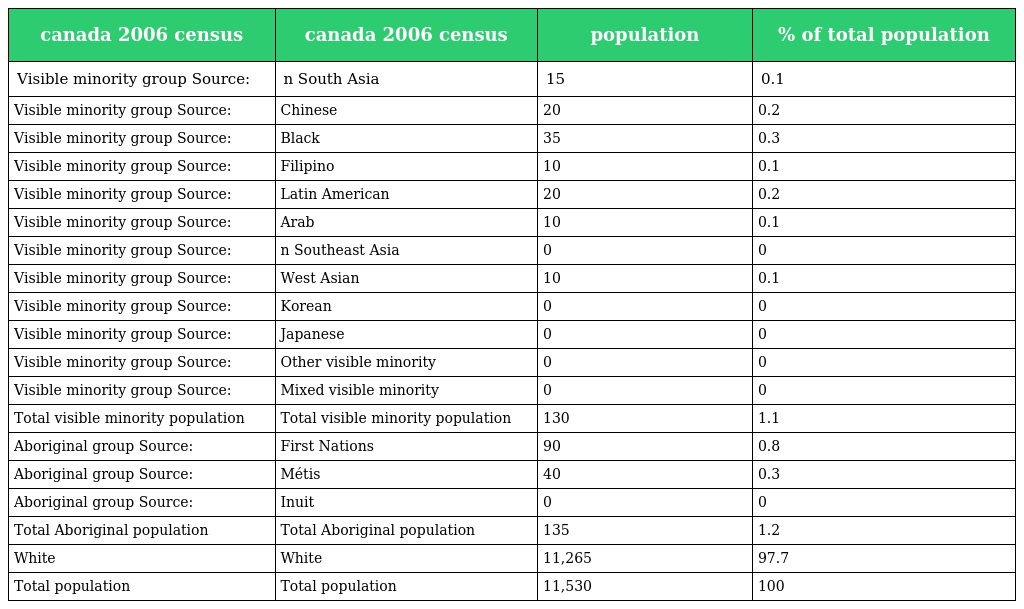
| canada 2006 census | canada 2006 census | population | % of total population |
 | --- | --- | --- | --- |
 | Visible minority group Source: | n South Asia | 15 | 0.1 |
 | Visible minority group Source: | Chinese | 20 | 0.2 |
 | Visible minority group Source: | Black | 35 | 0.3 |
 | Visible minority group Source: | Filipino | 10 | 0.1 |
 | Visible minority group Source: | Latin American | 20 | 0.2 |
 | Visible minority group Source: | Arab | 10 | 0.1 |
 | Visible minority group Source: | n Southeast Asia | 0 | 0 |
 | Visible minority group Source: | West Asian | 10 | 0.1 |
 | Visible minority group Source: | Korean | 0 | 0 |
 | Visible minority group Source: | Japanese | 0 | 0 |
 | Visible minority group Source: | Other visible minority | 0 | 0 |
 | Visible minority group Source: | Mixed visible minority | 0 | 0 |
 | Total visible minority population | Total visible minority population | 130 | 1.1 |
 | Aboriginal group Source: | First Nations | 90 | 0.8 |
 | Aboriginal group Source: | Métis | 40 | 0.3 |
 | Aboriginal group Source: | Inuit | 0 | 0 |
 | Total Aboriginal population | Total Aboriginal population | 135 | 1.2 |
 | White | White | 11,265 | 97.7 |
 | Total population | Total population | 11,530 | 100 |